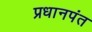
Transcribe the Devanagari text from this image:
प्रधानपंत